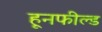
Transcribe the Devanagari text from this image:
हूनफील्ड